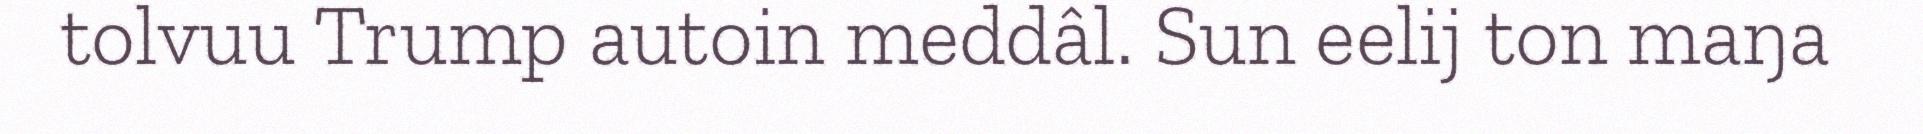
tolvuu Trump autoin meddâl. Sun eelij ton maŋa